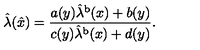
\hat { \lambda } ( \hat { x } ) = \frac { a ( y ) \hat { \lambda } ^ { \mathrm { b } } ( x ) + b ( y ) } { c ( y ) \hat { \lambda } ^ { \mathrm { b } } ( x ) + d ( y ) } .